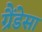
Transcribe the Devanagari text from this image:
ग्रैंडेसा